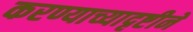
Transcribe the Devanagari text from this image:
करण्याच्यादृष्टीने